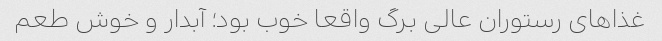
غذاهای رستوران عالی برگ واقعا خوب بود؛ آبدار و خوش طعم